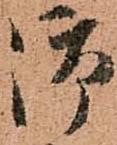
御